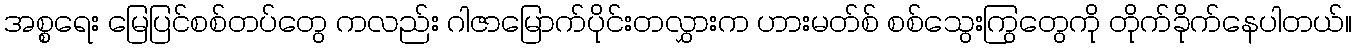
အစ္စရေး မြေပြင်စစ်တပ်တွေ ကလည်း ဂါဇာမြောက်ပိုင်းတလွှားက ဟားမတ်စ် စစ်သွေးကြွတွေကို တိုက်ခိုက်နေပါတယ်။